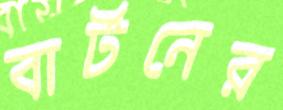
বার্টনের